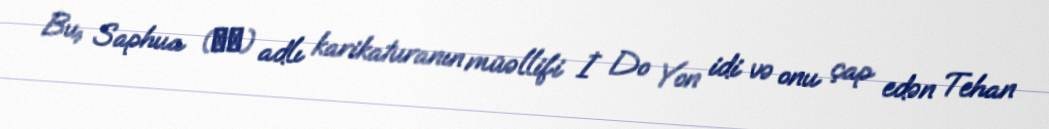
Bu, Saphua (삽화) adlı karikaturanın müəllifi İ Do Yon idi və onu çap edən Tehan